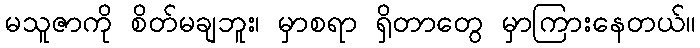
မသူဇာကို စိတ်မချဘူး၊ မှာစရာ ရှိတာတွေ မှာကြားနေတယ်။